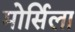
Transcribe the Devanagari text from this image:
मोर्सिला